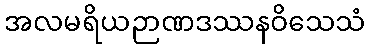
အလမရိယဉာဏဒဿနဝိသေသံ